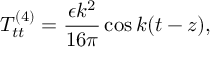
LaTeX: T _ { t t } ^ { ( 4 ) } = \frac { \epsilon k ^ { 2 } } { 1 6 \pi } \cos k ( t - z ) ,